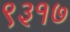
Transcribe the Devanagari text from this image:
९३१७